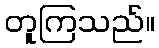
တူကြသည်။